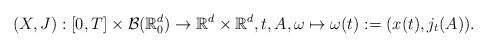
LaTeX: \begin{align*}(X,J):[0,T]\times\mathcal{B}(\mathbb{R}^d_0) \to \mathbb{R}^d\times\mathbb{R}^d,t,A,\omega &\mapsto \omega(t) := (x(t),j_t(A)).\end{align*}